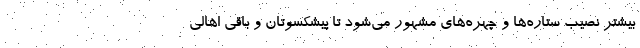
بیشتر نصیب ستاره‌ها و چهره‌های مشهور می‌شود تا پیشکسوتان و باقی اهالی